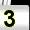
Digit: 3